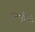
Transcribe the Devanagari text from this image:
टिनीया